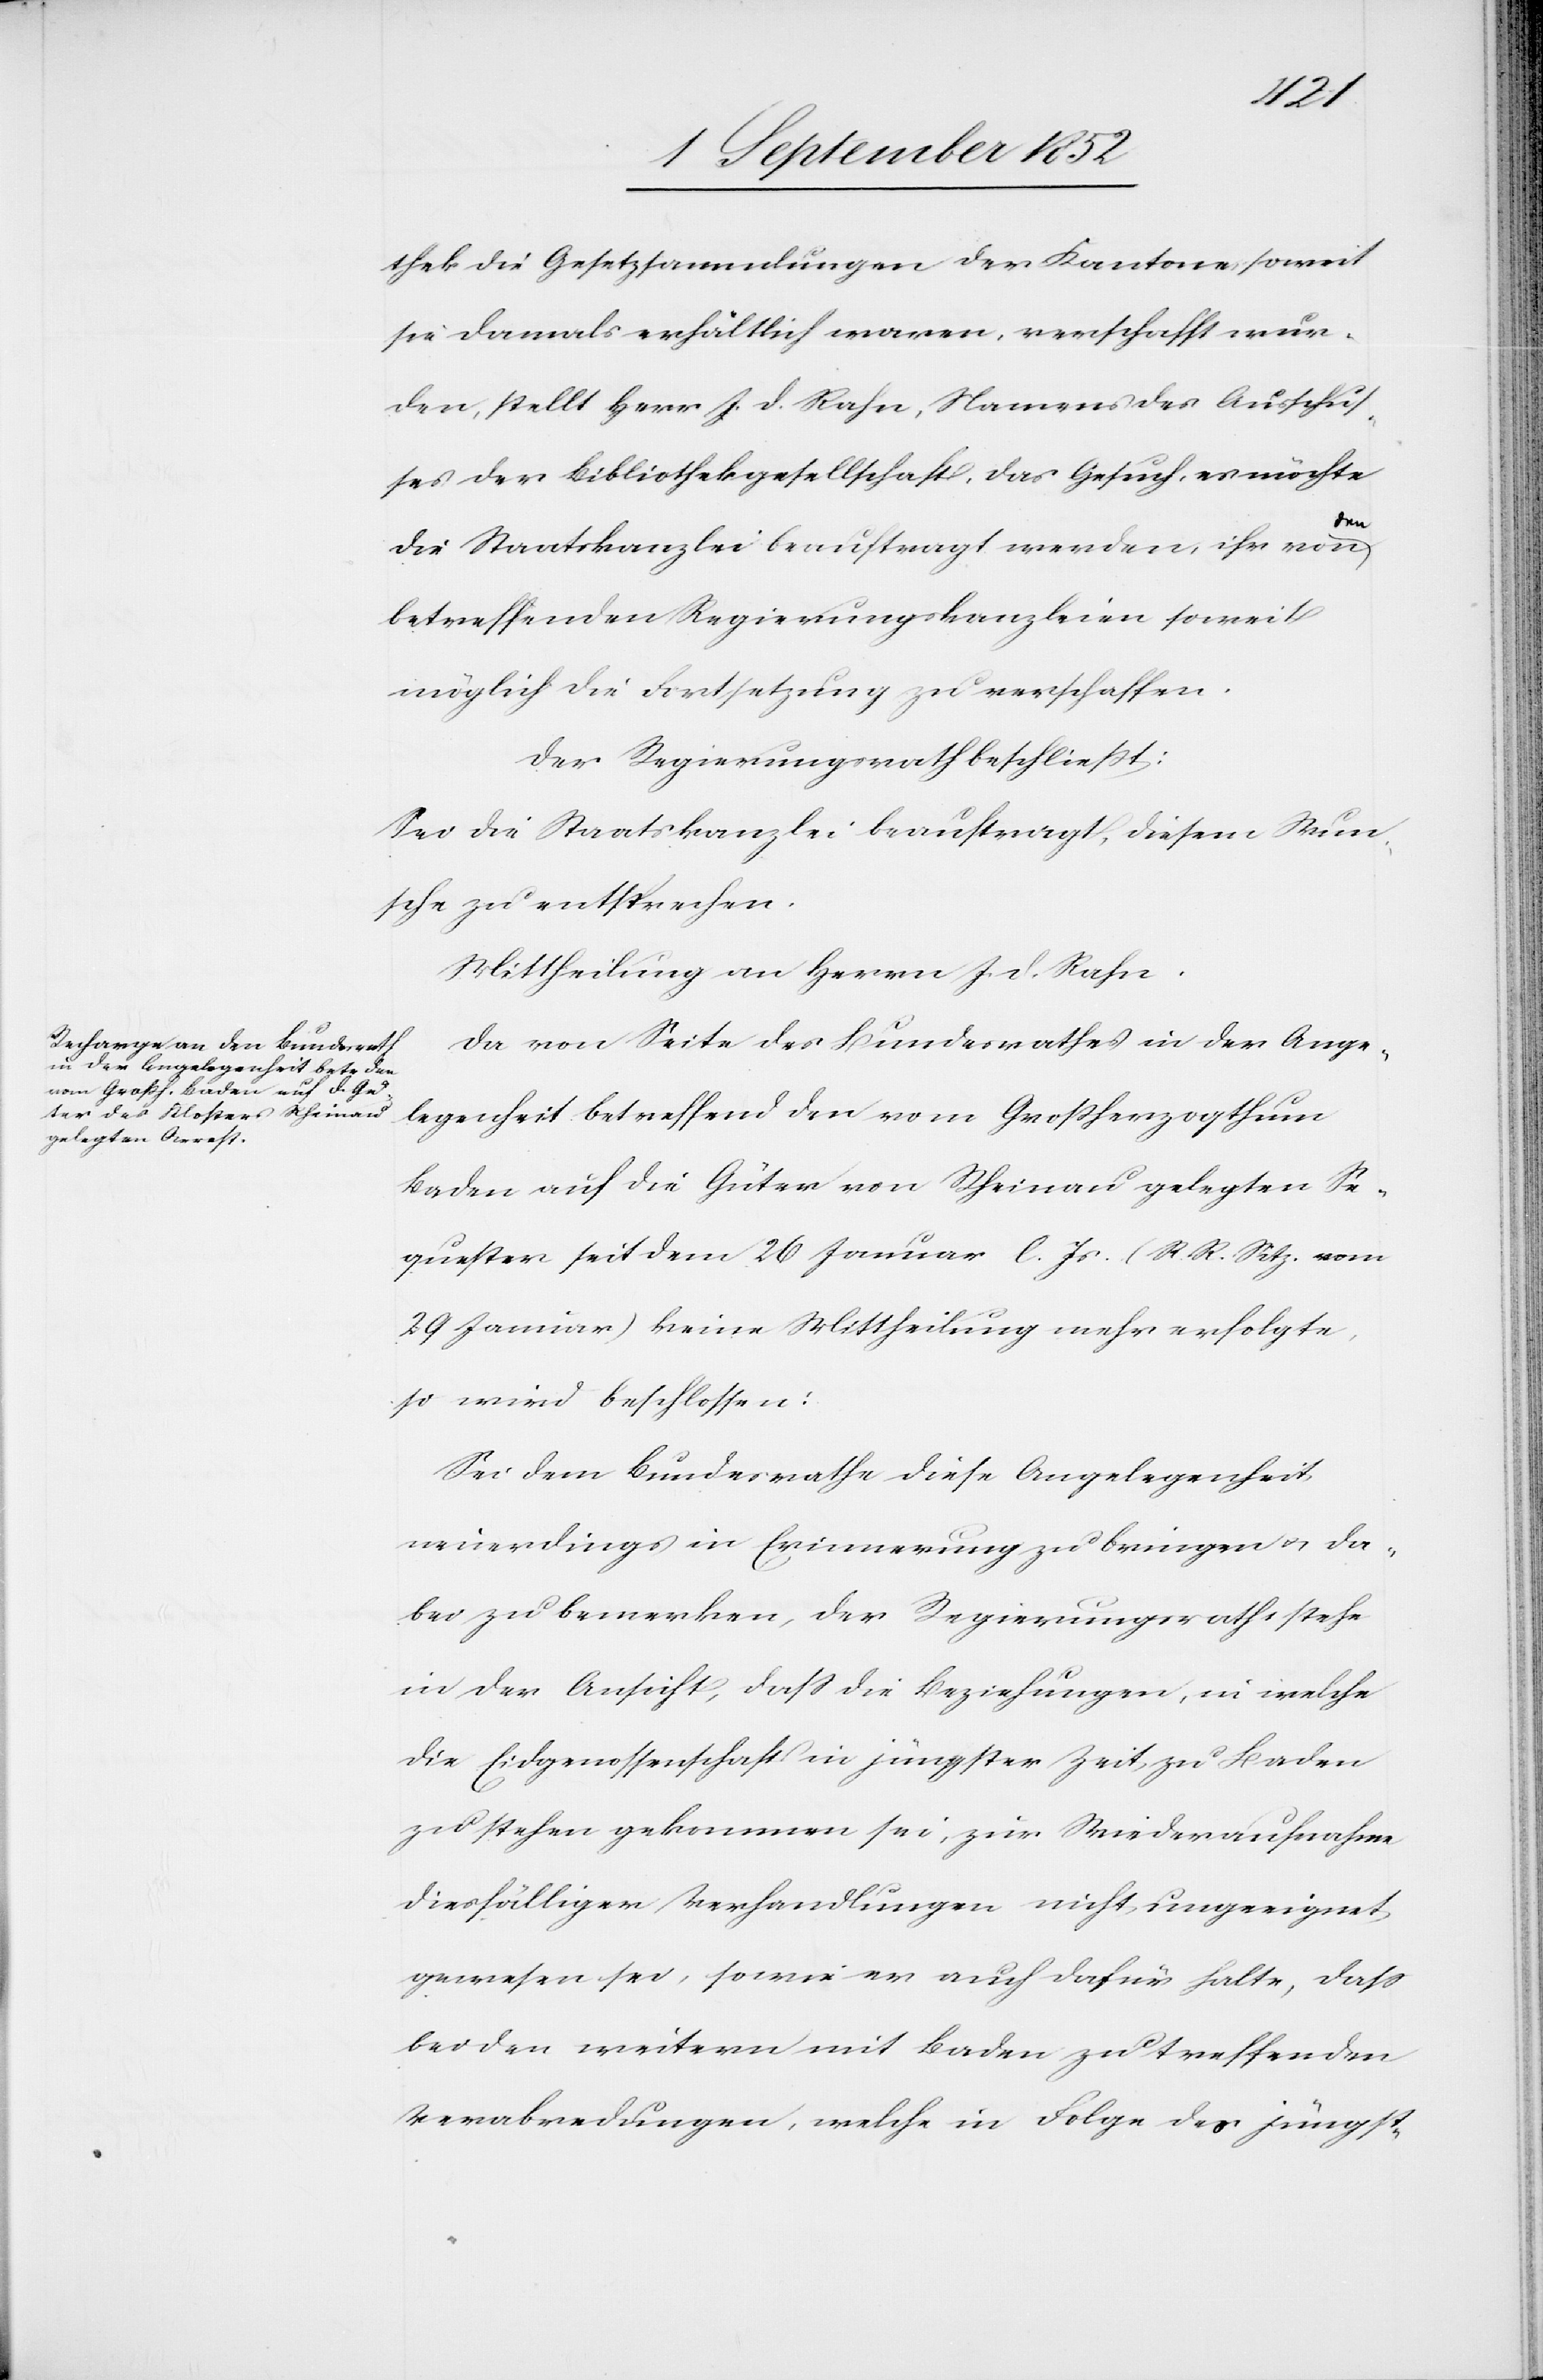
thek die Gesetzsammlungen der Kantone, soweit
sie damals erhältlich waren, verschafft wur¬
den, stellt Herr J. D. Rahn, Namens des Ausschus¬
ses der Bibliothekgesellschaft, das Gesuch, es möchte
den
die Staatskanzlei beauftragt werden, ihr von
betreffenden Regierungskanzleien soweit
möglich die Fortsetzung zu verschaffen.
Der Regierungsrath beschließt:
Sei die Staatskanzlei beauftragt, diesem Wun¬
sche zu entsprechen.
Mittheilung an Herrn J. D. Rahn.
Da von Seite des Bundesrathes in der Ange¬
legenheit betreffend den vom Großherzogthum
Baden auf die Güter von Rheinau gelegten Se¬
quester seit dem 26 Januar l. Js. (R. R. Sitz. vom
29 Januar) keine Mittheilung mehr erfolgte,
so wird beschlossen:
Sei dem Bundesrathe diese Angelegenheit
neuerdings in Erinnerung zu bringen & da¬
bei zu bemerken, der Regierungsrath stehe
in der Ansicht, dass die Beziehungen, in welche
die Eidgenossenschaft in jüngster Zeit zu Baden
zu stehen gekommen sei, zur Wiederaufnahme
diesfälliger Verhandlungen nicht ungeeignet
gewesen sei, sowie er auch dafür halte, dass
bei den weitern mit Baden zu treffenden
Verabredungen, welche in Folge des jüngst-